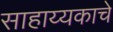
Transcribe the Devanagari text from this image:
साहाय्यकाचे